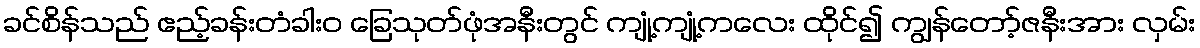
ခင်စိန်သည် ဧည့်ခန်းတံခါးဝ ခြေသုတ်ဖုံအနီးတွင် ကျုံ့ကျုံ့ကလေး ထိုင်၍ ကျွန်တော့်ဇနီးအား လှမ်း